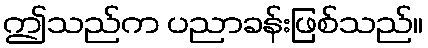
ဤသည်က ပညာခန်းဖြစ်သည်။